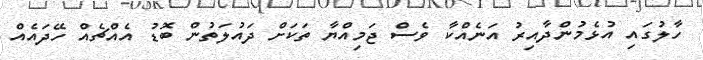
ހާލުގައި އުޅެމުންދާއިރު އަނެއްކާ ވެސް ޖަމިއްޔާ ތަކަށް ދައުލަތުން ބޮޑު އެއްޗެއް ހޭދައެއް